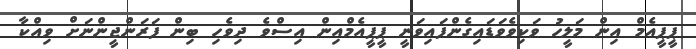
ޕީޕީއެމް އިން މަލީހު ވަކިވެވަޑައިގެންފައިވަނީ ޕީޕީއެމްއިން އިސްވެ ދިވެހި ބިން ފަރަންޖީންނަށް ވިއްކާ